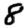
Digit: 8